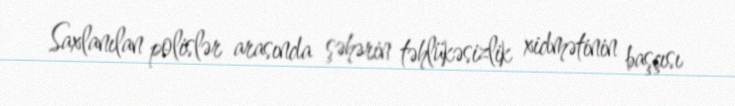
Saxlanılan polislər arasında şəhərin təhlükəsizlik xidmətinin başçısı